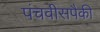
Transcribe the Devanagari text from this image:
पंचवीसपैकी